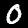
Digit: 0